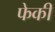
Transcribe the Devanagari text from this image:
फेकीं